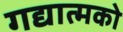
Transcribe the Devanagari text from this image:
गद्यात्‍मको